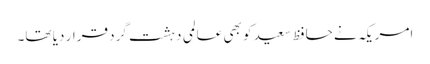
امریکہ نے حافظ سعید کو بھی عالمی دہشت گرد قرار دیا تھا۔